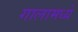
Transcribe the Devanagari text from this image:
गालामध्ये